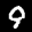
Label: 9